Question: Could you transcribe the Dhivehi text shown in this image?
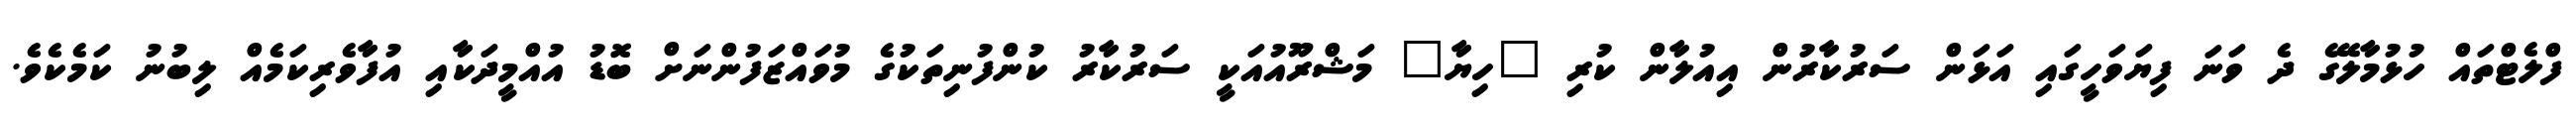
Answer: ފްލެޓްތައް ހުޅުމާލޭގެ ދެ ވަނަ ފިޔަވަހީގައި އަޅަން ސަރުކާރުން އިއުލާން ކުރި "ހިޔާ" މަޝްރޫއުއަކީ ސަރުކާރު ކުންފުނިތަކުގެ މުވައްޒަފުންނަށް ބޮޑު އުއްމީދަކާއި އުފާވެރިކަމެއް ލިބުނު ކަމެކެވެ.